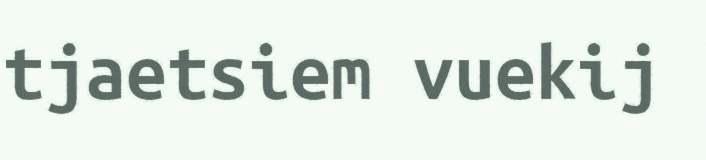
tjaetsiem vuekij